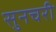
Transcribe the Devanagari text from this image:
सुनचरी